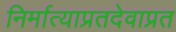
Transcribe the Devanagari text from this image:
निर्मात्याप्रतदेवाप्रत